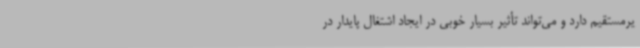
یرمستقیم دارد و می‌تواند تأثیر بسیار خوبی در ایجاد اشتغال پایدار در